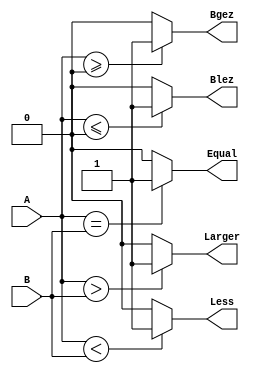
`timescale 1ns / 1ps
//////////////////////////////////////////////////////////////////////////////////
module cmp(
    input [31:0] A,
    input [31:0] B,
	 output Equal,
	 output Larger,
	 output Less,
	 output Bgez,
	 output Blez
    );
	 
	 assign Equal=(A==B)?1:0;
	 assign Larger=(A>B)?1:0;
	 assign Less=(A<B)?1:0;
	 assign Bgez=(A>=0)?1:0;
	 assign Blez=(A<=0)?1:0;

endmodule